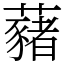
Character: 藸